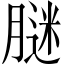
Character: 𦟂